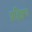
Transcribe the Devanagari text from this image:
प्रहिक्षण